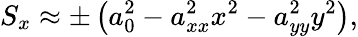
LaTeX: S_{x}\approx\pm\left(a_{0}^{2}-a_{xx}^{2}x^{2}-a_{yy}^{2}y^{2}\right),